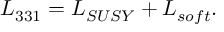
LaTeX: { \cal L } _ { 3 3 1 } = { \cal L } _ { S U S Y } + { \cal L } _ { s o f t } .